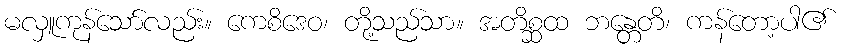
မလှူကုန်သော်လည်း။ ကေစိဒေဝ၊ တို့သည်သာ။ အတိစ္ဆထ ဘန္တေတိ၊ ကန်တော့ပါ၏